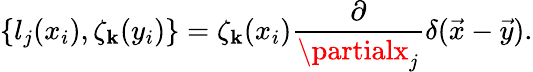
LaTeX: \{ l_{j}(x_{i}),\zeta_{\mathbf{k}}(y_{i})\} =\zeta_{\mathbf{k}}(x_{i})\frac{{\partial}}{{\partialx_{j}}}\delta(\vec{{x}}-\vec{{y}}).